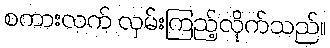
စကားလက် လှမ်းကြည့်လိုက်သည်။